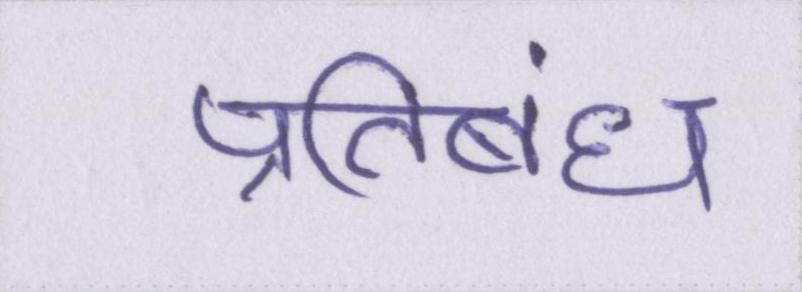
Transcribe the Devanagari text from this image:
प्रतिबंध